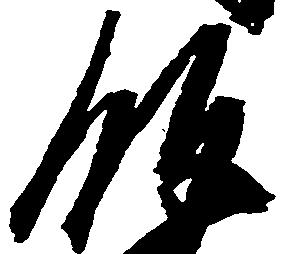
飯